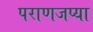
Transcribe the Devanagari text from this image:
पराणजप्या